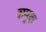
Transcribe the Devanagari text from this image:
वामुक